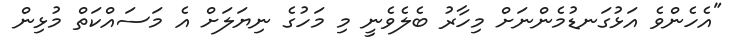
"އެހެންވެ އަޅުގަނޑުމެންނަށް މިހާރު ބެލެވެނީ މި މަހުގެ ނިޔަލަށް އެ މަސައްކަތް މުޅިން